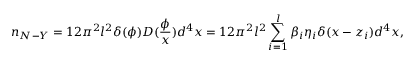
n _ { N - Y } = 1 2 \pi ^ { 2 } l ^ { 2 } \delta ( \phi ) D ( \frac \phi x ) d ^ { 4 } x = 1 2 \pi ^ { 2 } l ^ { 2 } \sum _ { i = 1 } ^ { l } \beta _ { i } \eta _ { i } \delta ( x - z _ { i } ) d ^ { 4 } x ,